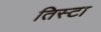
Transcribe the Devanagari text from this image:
तिस्टा